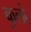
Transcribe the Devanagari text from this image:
कुलो